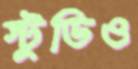
স্টুডিও